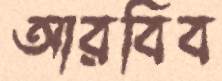
আরবিব